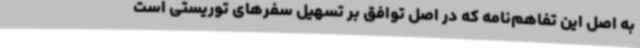
به اصل این تفاهم‌نامه که در اصل توافق بر تسهیل سفرهای توریستی است